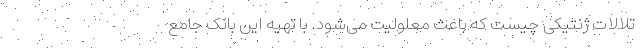
تلالات ژنتیکی چیست که باعث معلولیت می‌شود. با تهیه این بانک جامع